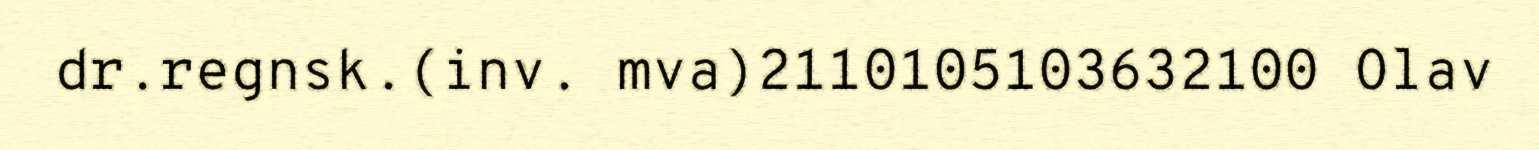
dr.regnsk.(inv. mva)2110105103632100 Olav